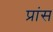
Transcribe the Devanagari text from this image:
प्रांस